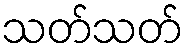
သတ်သတ်